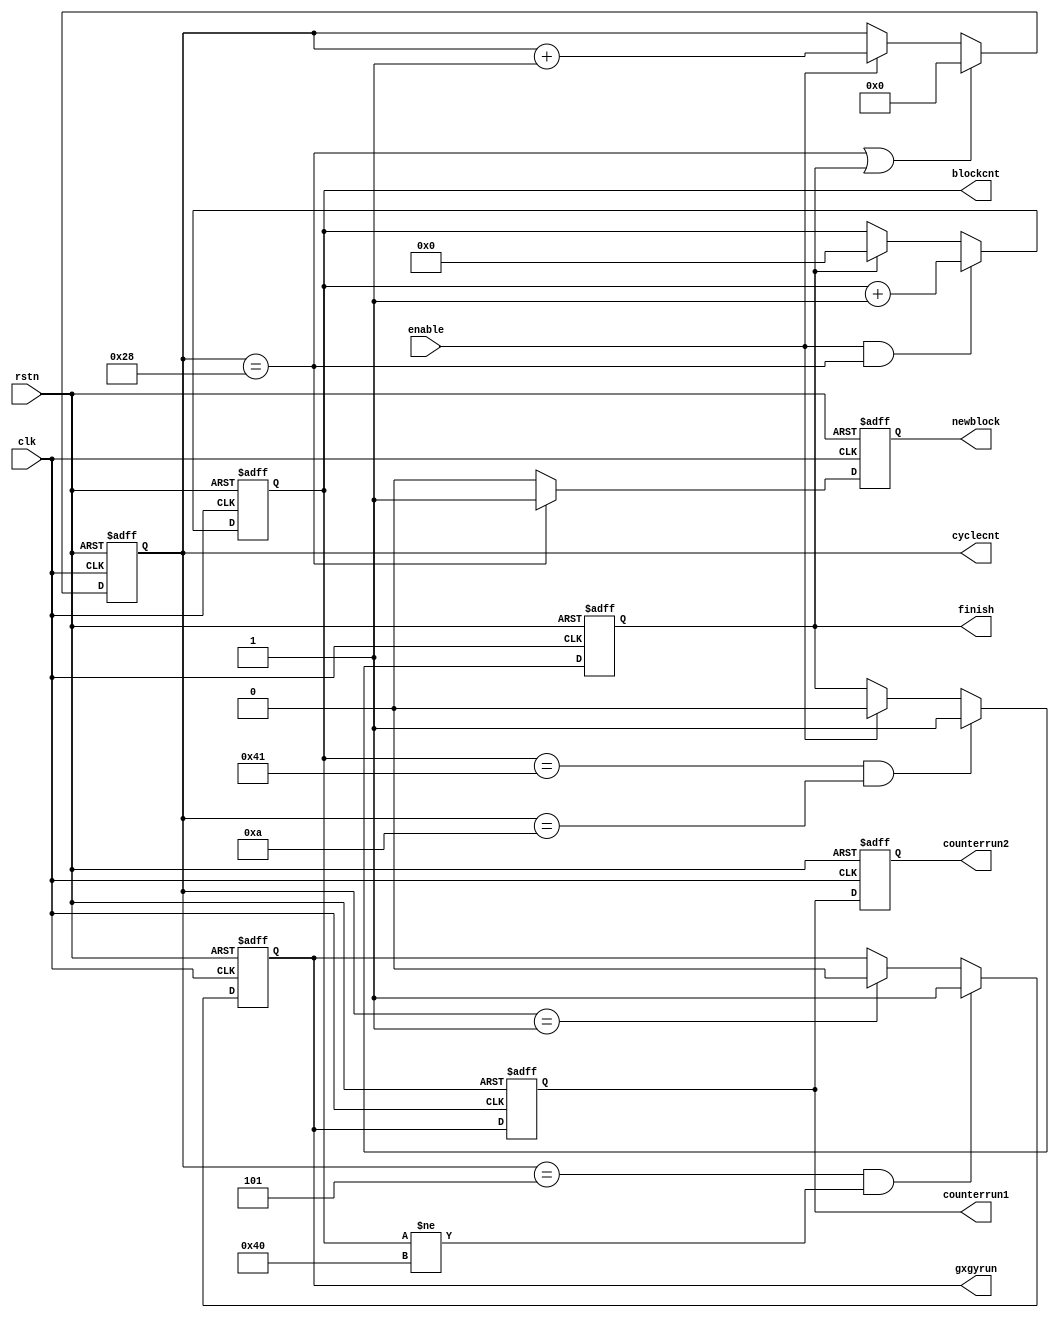
//-------------------------------------------------------------------
//
//  Updated On    : 2015-03-09
//  Description   : controller for pre_intra(mode decision)
//
//-------------------------------------------------------------------

module control(
	rstn,
	clk,
	enable,
	cyclecnt,
	blockcnt,
	newblock,
	gxgyrun,
	counterrun1,
	counterrun2,
	finish
);

	input				rstn;
	input				clk;
	
	input				enable;
	output	[5:0]		cyclecnt;
	output	[6:0]		blockcnt;
	output				gxgyrun;
	output				counterrun1;
	output				counterrun2;
	output				finish;
	output				newblock;
	
	reg					gxgyrun;
	reg					counterrun1;
	reg					counterrun2;
	reg					finish;
	reg					newblock;
	
	reg		[5:0]		cyclecnt;
	reg		[6:0]		blockcnt;
	
	reg		[2:0]		tid_o;		
	
	always@(posedge clk or negedge rstn)
		if(!rstn)
			newblock	<=	1'b0;
		else	if(cyclecnt	==	'd40)
			newblock	<=	1'b1;
		else
			newblock	<=	1'b0;
	
	always@(posedge clk or negedge rstn)
		if(!rstn)
			cyclecnt <= 'd0;
		else if((cyclecnt == 'd40) || finish)
			cyclecnt <= 'd0;
		else if(enable)
			cyclecnt <= cyclecnt + 1'b1;
			
	always@(posedge clk or negedge rstn)
		if(!rstn)
			blockcnt <= 'd0;
		else if(enable && (cyclecnt == 'd40))
			blockcnt <= blockcnt + 1'b1;
		else if(finish)
			blockcnt <= 'd0;
			
	always@(posedge clk or negedge rstn)
		if(!rstn)
			gxgyrun <= 'd0;
		else if((cyclecnt == 'd5)  && (blockcnt != 'd64))
			gxgyrun <= 1'b1;
		else if(cyclecnt == 'd1) 
			gxgyrun <= 1'b0;
			
	always@(posedge clk or negedge rstn)
		if(!rstn)
			counterrun1 <= 'd0;
		else
			counterrun1 <= gxgyrun;
			
	always@(posedge clk or negedge rstn)
		if(!rstn)
			counterrun2 <= 'd0;
		else
			counterrun2 <= counterrun1;
			
	always@(posedge clk or negedge rstn)
		if(!rstn)
			finish <= 1'b0;
		else if((blockcnt == 'd65) && (cyclecnt == 'd10))
			finish <= 1'b1;
		else if(enable)
			finish <= 1'b0;
	
endmodule